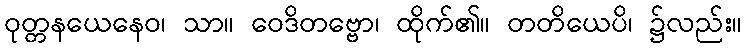
ဝုတ္တနယေနေဝ၊ သာ။ ဝေဒိတဗ္ဗော၊ ထိုက်၏။ တတိယေပိ၊ ၌လည်း။